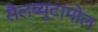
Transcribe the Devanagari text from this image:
सैलब्युटामोल